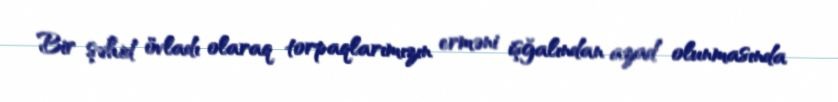
Bir şəhid övladı olaraq torpaqlarımızın erməni işğalından azad olunmasında